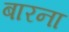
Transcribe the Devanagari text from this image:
बारना